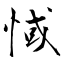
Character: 惐